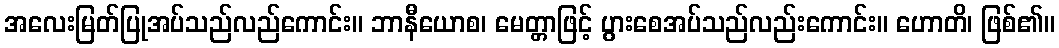
အလေးမြတ်ပြုအပ်သည်လည်ကောင်း။ ဘာနီယောစ၊ မေတ္တာဖြင့် ပွားစေအပ်သည်လည်းကောင်း။ ဟောတိ၊ ဖြစ်၏။